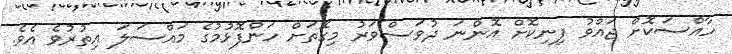
ހާއްސަކޮށް ޖައްވު ފިނިކޮށް އޮންނަ ދުވަސްވަރު މިގޮތަށް ހަންފޮޅުމުގެ މައްސަލަ އިތުރުވެ އެވެ.